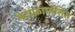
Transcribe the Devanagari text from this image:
मेटाफ़ार्मोसिस